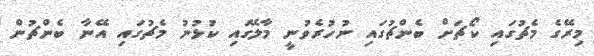
މިރޭގެ މެޗުގައި ކޯޗަށް ބެންޗުގައި ނުހުރެވުނީ މާލޭގައި ކުޅުނު މެޗުގައި އޭނާ ބެންޗުން